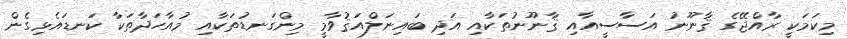
މިކަމަކީ ރާއްޖޭގެ ޤާނޫނު އަސާސީއާއި ޤާނޫނުތަކާއި އަދި ބައިނަލްއަޤުވާމީ މިންގަނޑުތަކާއި މުއާހަދާތަކާ ކަނޑައެޅިގެން